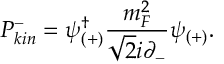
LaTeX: { \cal P } _ { k i n } ^ { - } = \psi _ { ( + ) } ^ { \dagger } \frac { m _ { F } ^ { 2 } } { \sqrt { 2 } i \partial _ { - } } \psi _ { ( + ) } .